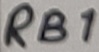
Text: RB1